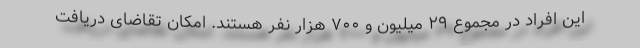
این افراد در مجموع ۲۹ میلیون و ۷۰۰ هزار نفر هستند. امکان تقاضای دریافت